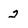
Character: 2